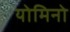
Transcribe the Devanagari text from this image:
योमिनो